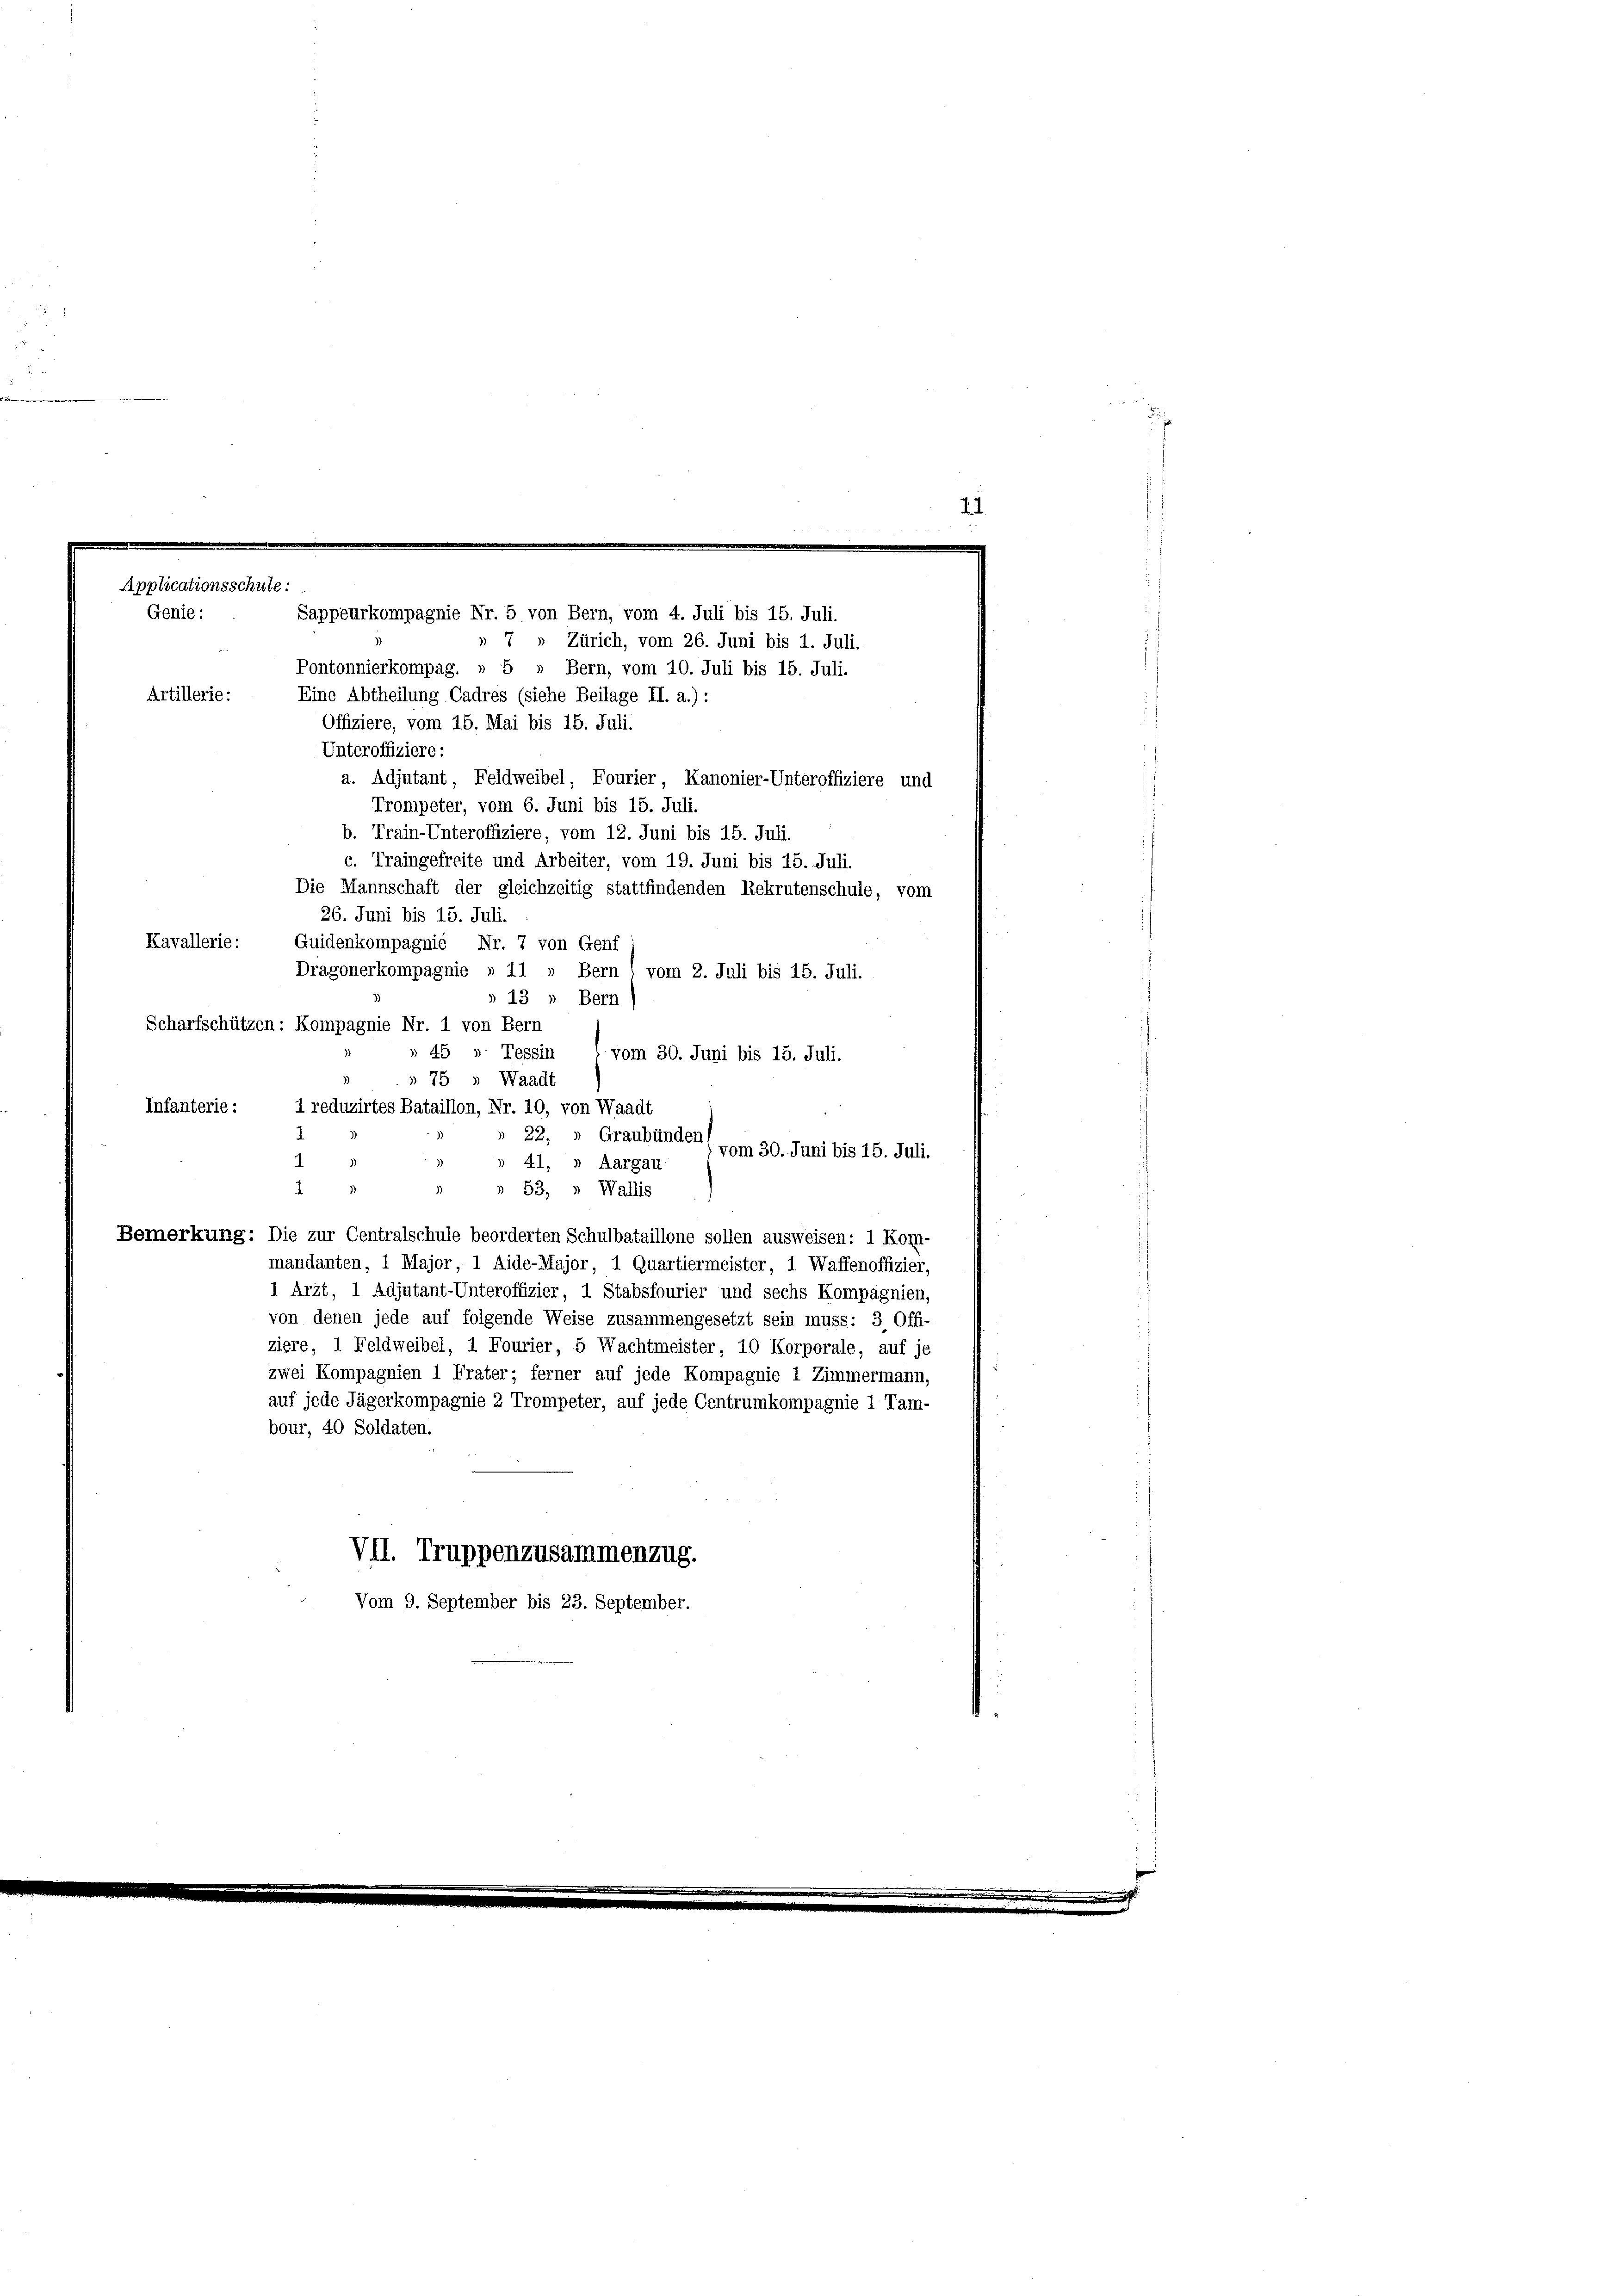
Applicationsschute:
Genie:
Sappeurkompagnie Nr. 5 von Bern, vom 4. Juli bis 15. Juli.
» 7 » Zürich, vom 26. Juni bis 1. Juli.
Pontonnierkompag. » 5 » Bern, vom 10. Juli bis 15. Juli.

42

Artillerie:
Eine Abtheilung Cadres (siehe Beilage II. a.) :
Offiziere, vom 15. Mai bis 15. Juli.
Unteroffiziere:
a. Adjutant, Feldweibel, Fourier, Kanonier-Unteroffiziere und
Trompeter, vom 6. Juni bis 15. Juli.
b. Train-Unteroffiziere, vom 12. Juni bis 15. Juli.
c. Traingefreite und Arbeiter, vom 19. Juni bis 15. Juli.
Die Mannschaft der gleichzeitig stattfindenden Rekrutenschule, vom
26. Juni bis 15. Juli.
Kavallerie:
Guidenkompagnie Nr. 7 von Genf
Dragonerkompagnie » 11 » Bern vom 2. Juli bis 15. Juli.
» 13 » Bern
Scharfschützen: Kompagnie Nr. 1 von Bern
» 45 » Tessin
vom 30. Juni bis 15. Juli.
» 75 » Waadt
Infanterie:
1 reduzirtes Bataillon, Nr. 10, von Waadt
22, „ Graubünden
vom 30. Juni bis 15. Juli.
1
41, » Aargau
2
1
53, » Wallis
Bemerkung: Die zur Centralschule beorderten Schulbataillone sollen ausweisen: 1 Kom-
mandanten, 1 Major, 1 Aide-Major, 1 Quartiermeister, 1 Waffenoffizier,
1 Arzt, 1 Adjutant-Unteroffizier, 1 Stabsfourier und sechs Kompagnien,
von denen jede auf folgende Weise zusammengesetzt sein muss: 3 Offi-
ziere, 1 Feldweibel, 1 Fourier, 5 Wachtmeister, 10 Korporale, auf je
zwei Kompagnien 1 Frater; ferner auf jede Kompagnie 1 Zimmermann,
auf jede Jägerkompagnie 2 Trompeter, auf jede Centrumkompagnie 1 Tam-
bour, 40 Soldaten.
VII. Truppenzusammenzug.
Vom 9. September bis 23. September.